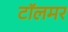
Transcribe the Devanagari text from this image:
टॉलमर